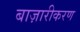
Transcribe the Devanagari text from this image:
बाज़ारीकरण